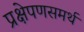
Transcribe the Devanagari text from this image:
प्रक्षेपणसमर्थ